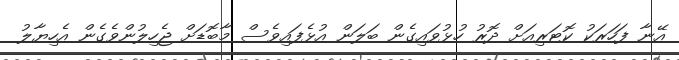
އޭނާ ފަހަރަކު ކޮޓަރިއަށް ދޮރު ހުޅުވައިގެން ބަލަން އުޅެފައިވެސް މާބޮޑަށް ޖެހިލުންވެގެން އެހިޔާލު